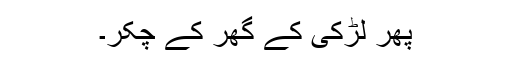
پھر لڑکی کے گھر کے چکّر۔